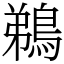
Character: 鵜